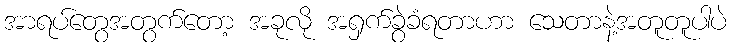
အာရပ်တွေအတွက်တော့ အခုလို အရှက်ခွဲခံရတာဟာ သေတာနဲ့အတူတူပါပဲ